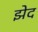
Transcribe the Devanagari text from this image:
झेद